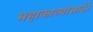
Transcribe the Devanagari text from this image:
महाकाव्यांसाठी